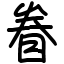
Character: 眷